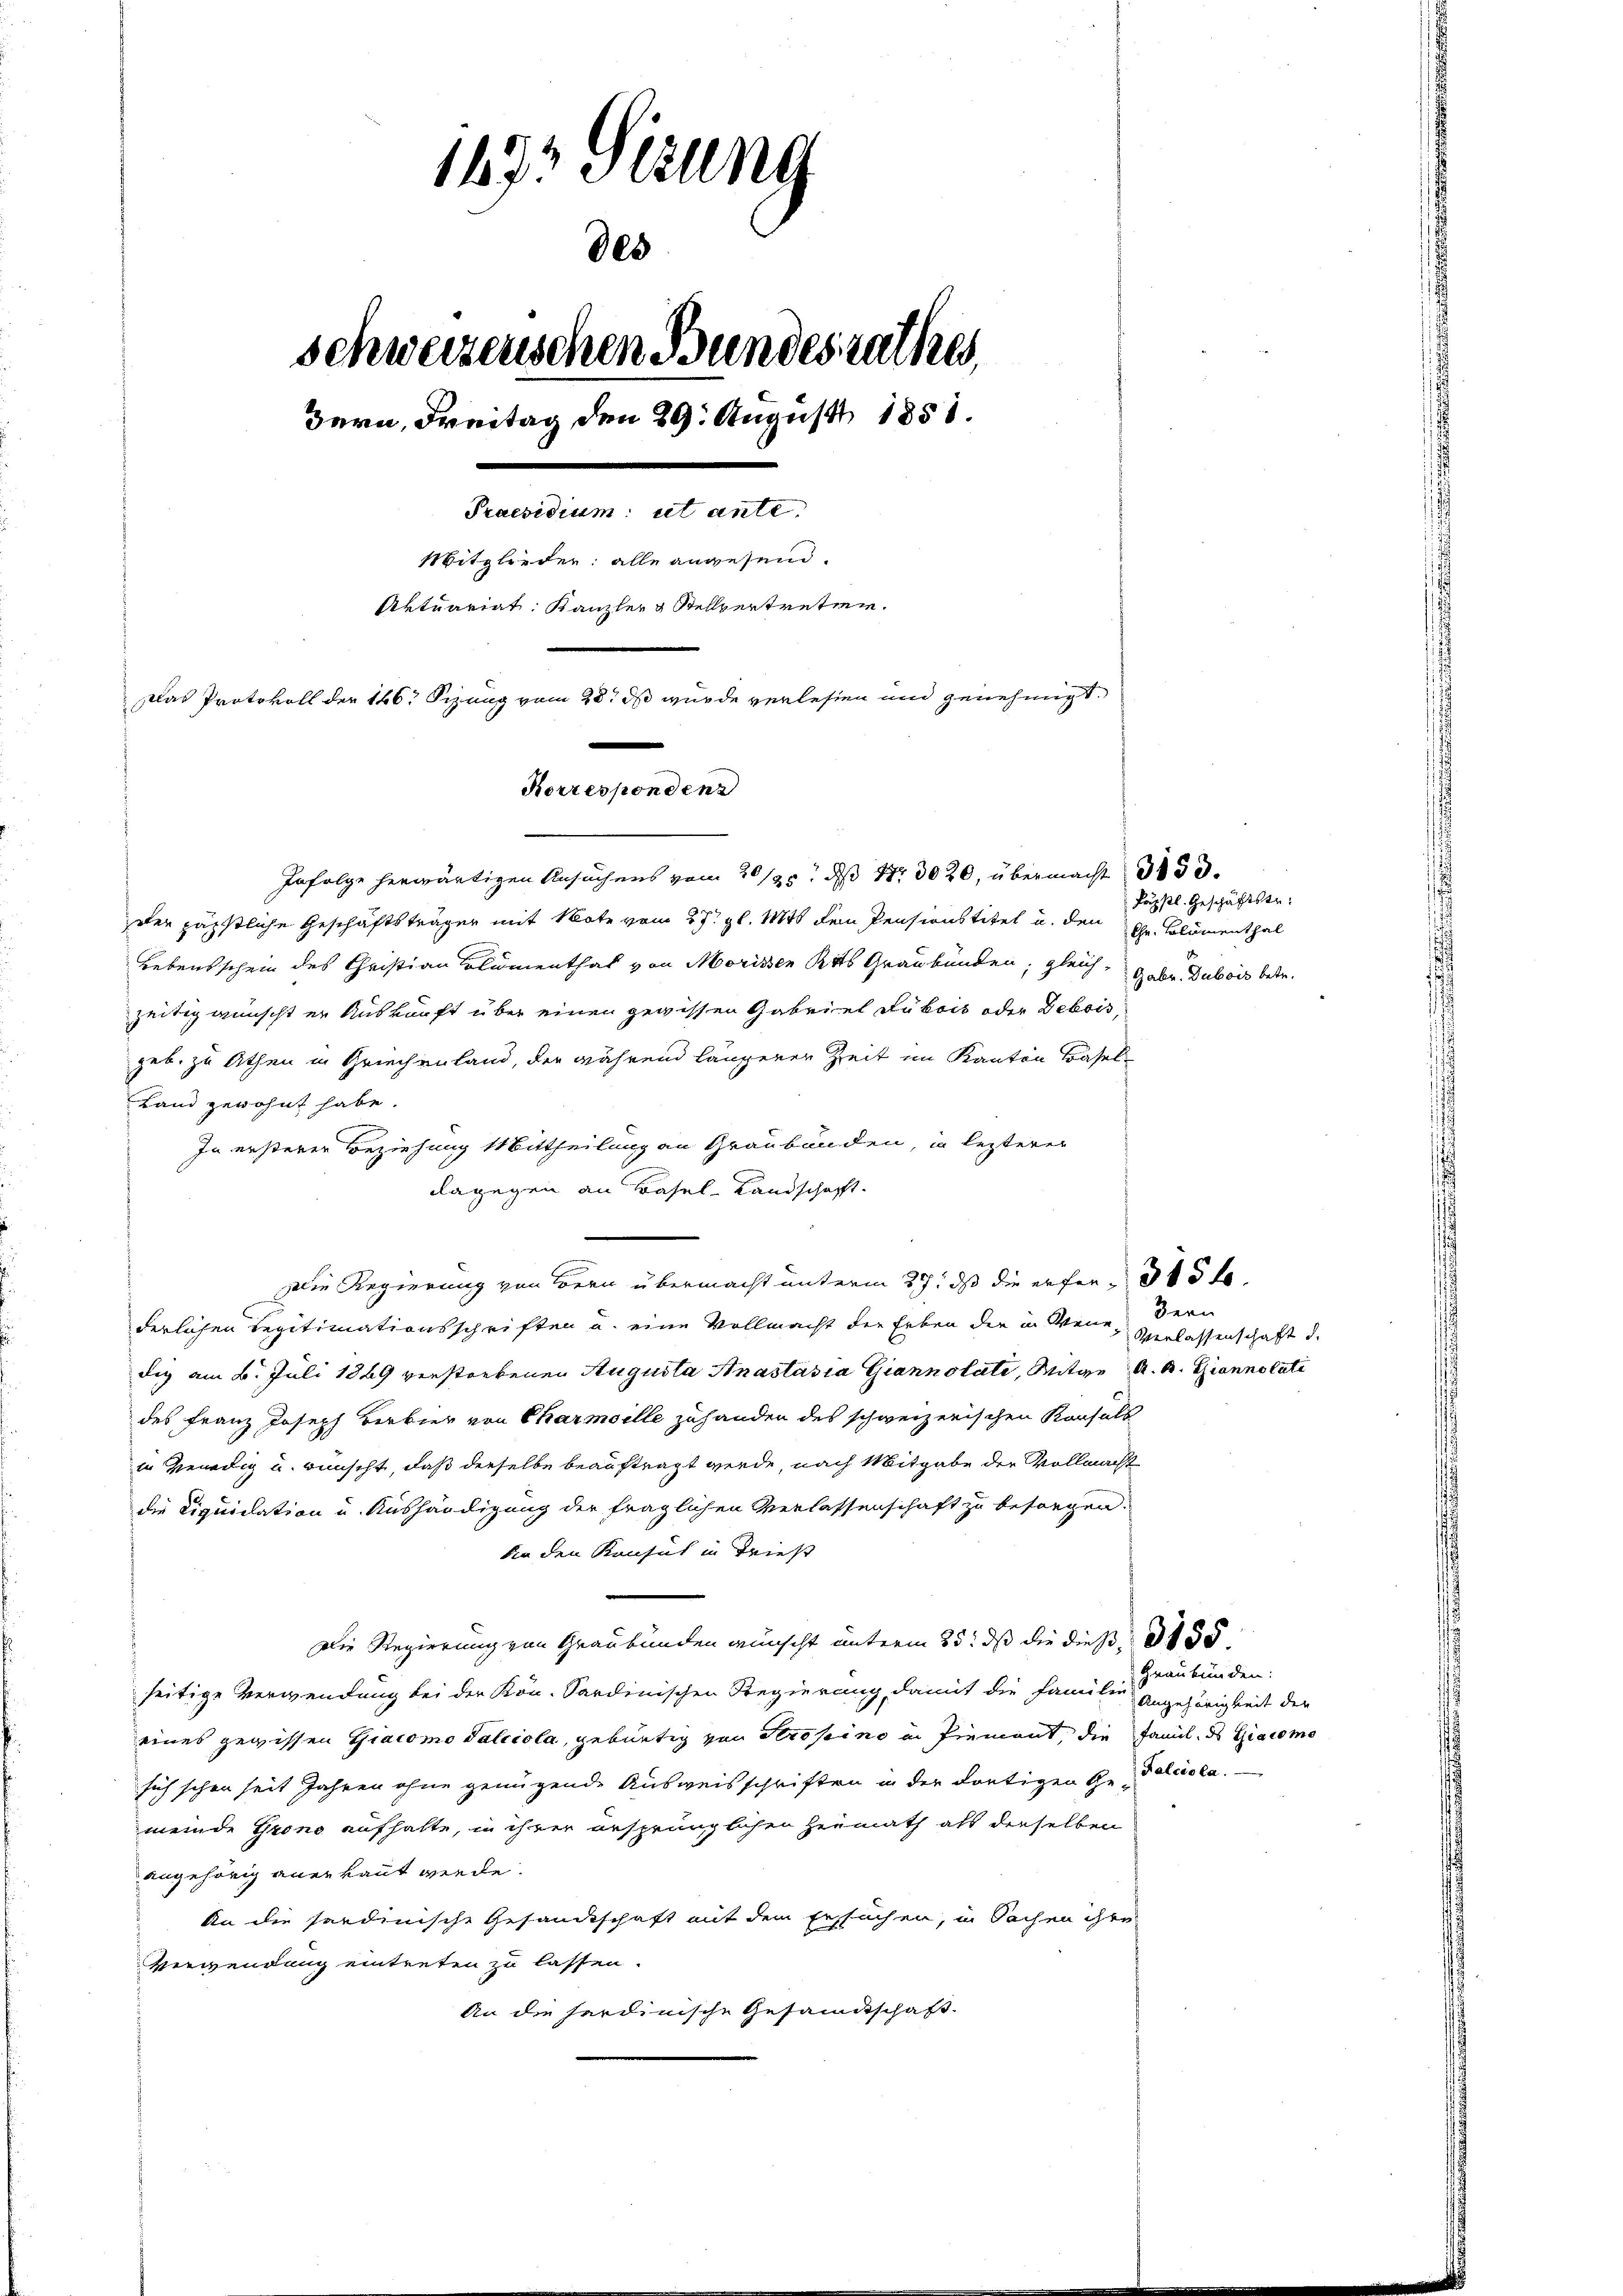
1872 sezung
des
Schweizenschen Bundesrathes,
Bern, Freitag den 29. August 1858.
Praesidium ut ante.
Mitglieder: alle angesend.
Artuariat Kanzler & Stellvertreten.
Das Protokoll der 146. Sizung vom 28t ds wurde verlesen und genehmigt.
Korrespondenz

Infolge herwärtigen Ansuchens vom 20/25. dß Nr. 3020, übermacht 333.
eter päpstliche Geschäftsträger mit Note vom 27. gl. 1848 dem Pensionstitel u. den
Lebensschein des Christian Blumenthal von Morissen Rats Graubünden, gleich, Gabe. Dubois betr.
zeitig wünscht er Auskunft über einen gewissen Gabriel Lubois oder Debois,
geb. zu Athen in Griechenland, der während längerer Zeit im Kanton Basel-
Land gewohnt habe.
In ersterer Beziehung Mittheilung an Graubünden, in lezterer
dagegen an Basel-Landschaft.
Die Regierung von Bern übermacht unterm 27. ds die erfor-315 f.
derlichen Legitimationsschriften u. eine Vollmacht der Erben der in Wenn Verlassenschaft d.
dig am 6. Juli 1869 verstorbenen Augusta Anastasia Giannolate, Mitge A. A. Giannotati
des Franz Joseph Berbier von Charmoille zuhanden des schweizerischen Konsult
in Benedig und wünscht, daß derselbe beauftragt werde, nach Mitgabe der Vollmacht
die Liquidation u. Aushändigung der fraglichen Verlassenschaft zu besorgen.
din den Konsul in Brieft
Die Regierung von Graubünden wünscht unterm 25. dß die dieß, d 155.
seitige Verwendung bei der Kön. Sardinischen Regierung damit die Familie Angehörigkeit der
eines gewissen Giacomo Falciola, gebürtig von Strosino in Piemont, die Famile des Giacomo
sich schon seit Jahren ohne genügende Ausweisschriften in der dortigen Ge- Falcisca.
meinde Grono aufhalte, in ihrer ersprünglichen Heimath als dieselben
angehörig anerkannt werde.
An die sardinische Gesandtschaft mit dem Ersuchen, in Sachen ihre
Verwendung eintreten zu lassen.
An die sardinische Gesandtschaft.

Läpstl. Geschäftstr.
Cher, Blumenthal

Bern

Graubünden: